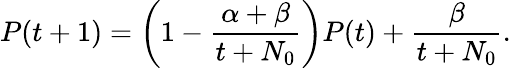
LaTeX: P(t+1)=\left(1-\frac{\alpha+\beta}{t+N_{0}}\right)P(t)+\frac{\beta}{t+N_{0}}.